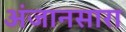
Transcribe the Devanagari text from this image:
अंजानसारा